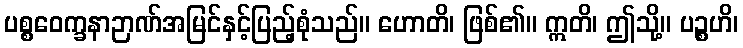
ပစ္စဝေက္ခနာဉာဏ်အမြင်နှင့်ပြည့်စုံသည်။ ဟောတိ၊ ဖြစ်၏။ ဣတိ၊ ဤသို့။ ပဉ္စဟိ၊